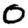
Digit: 0